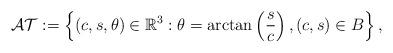
LaTeX: \begin{align*}\mathcal{AT}:=\left\{(c,s,\theta)\in\mathbb{R}^3 : \theta = \arctan \left ( \frac sc \right), (c,s) \in B \right\},\end{align*}